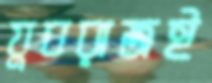
যুবরাজই